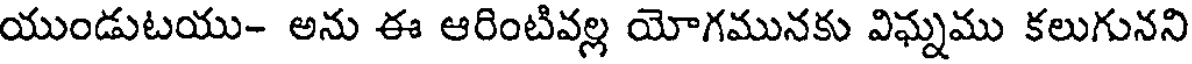
యుండుటయు- అను ఈ ఆరింటివల్ల యోగమునకు విఘ్నము కలుగునని